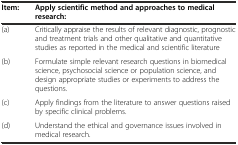
<table><thead><tr><td><b>Item:</b></td><td><b>Apply scientific method and approaches to medical research:</b></td></tr></thead><tbody><tr><td>(a)</td><td>Critically appraise the results of relevant diagnostic, prognostic and treatment trials and other qualitative and quantitative studies as reported in the medical and scientific literature</td></tr><tr><td>(b)</td><td>Formulate simple relevant research questions in biomedical science, psychosocial science or population science, and design appropriate studies or experiments to address the questions.</td></tr><tr><td>(c)</td><td>Apply findings from the literature to answer questions raised by specific clinical problems.</td></tr><tr><td>(d)</td><td>Understand the ethical and governance issues involved in medical research.</td></tr></tbody></table>